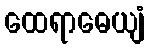
ထေရာဓေယျံ